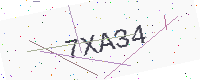
Text: 7XA34